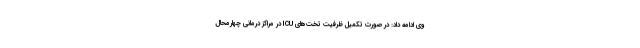
وی ادامه داد: در صورت تکمیل ظرفیت تخت‌های ICU در مراکز درمانی چهارمحال